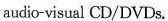
audio-visual CD/DVDs.